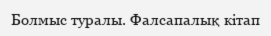
Болмыс туралы. Фалсапалық кітап